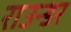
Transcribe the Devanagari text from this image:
राउन्डर